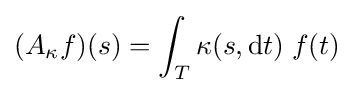
(A_{\kappa }f)(s)=\int _{T}\kappa (s,\mathrm {d} t)\;f(t)